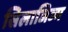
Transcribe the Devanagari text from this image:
सिलाजिज्म